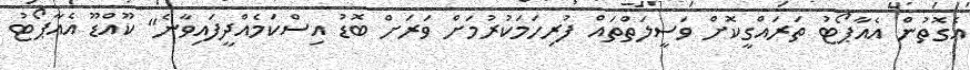
އެގޮތުން އެއާޕޯޓު ތަރައްގީކޮށް ވަސީލަތްތައް ފުރިހަމަކުރުމަށް ވަރަށް ބޮޑު އިސްކަމެއްދީފައިވާނެ" ކޫއްޑޫ އެއާޕޯޓު